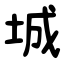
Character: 城